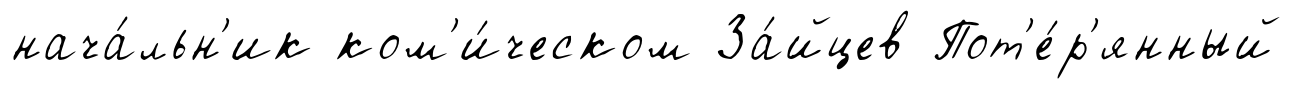
нача́льн'ик ком'и́ческом За́йцев Пот'е́р'янный